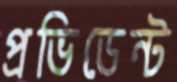
প্রভিডেন্ট